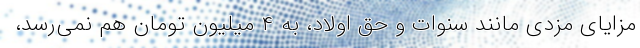
مزایای مزدی مانند سنوات و حق اولاد، به ۴ میلیون تومان هم نمی‌رسد،